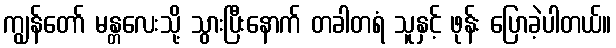
ကျွန်တော် မန္တလေးသို့ သွားပြီးနောက် တခါတရံ သူနှင့် ဖုန်း ပြောခဲ့ပါတယ်။